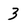
Character: 3